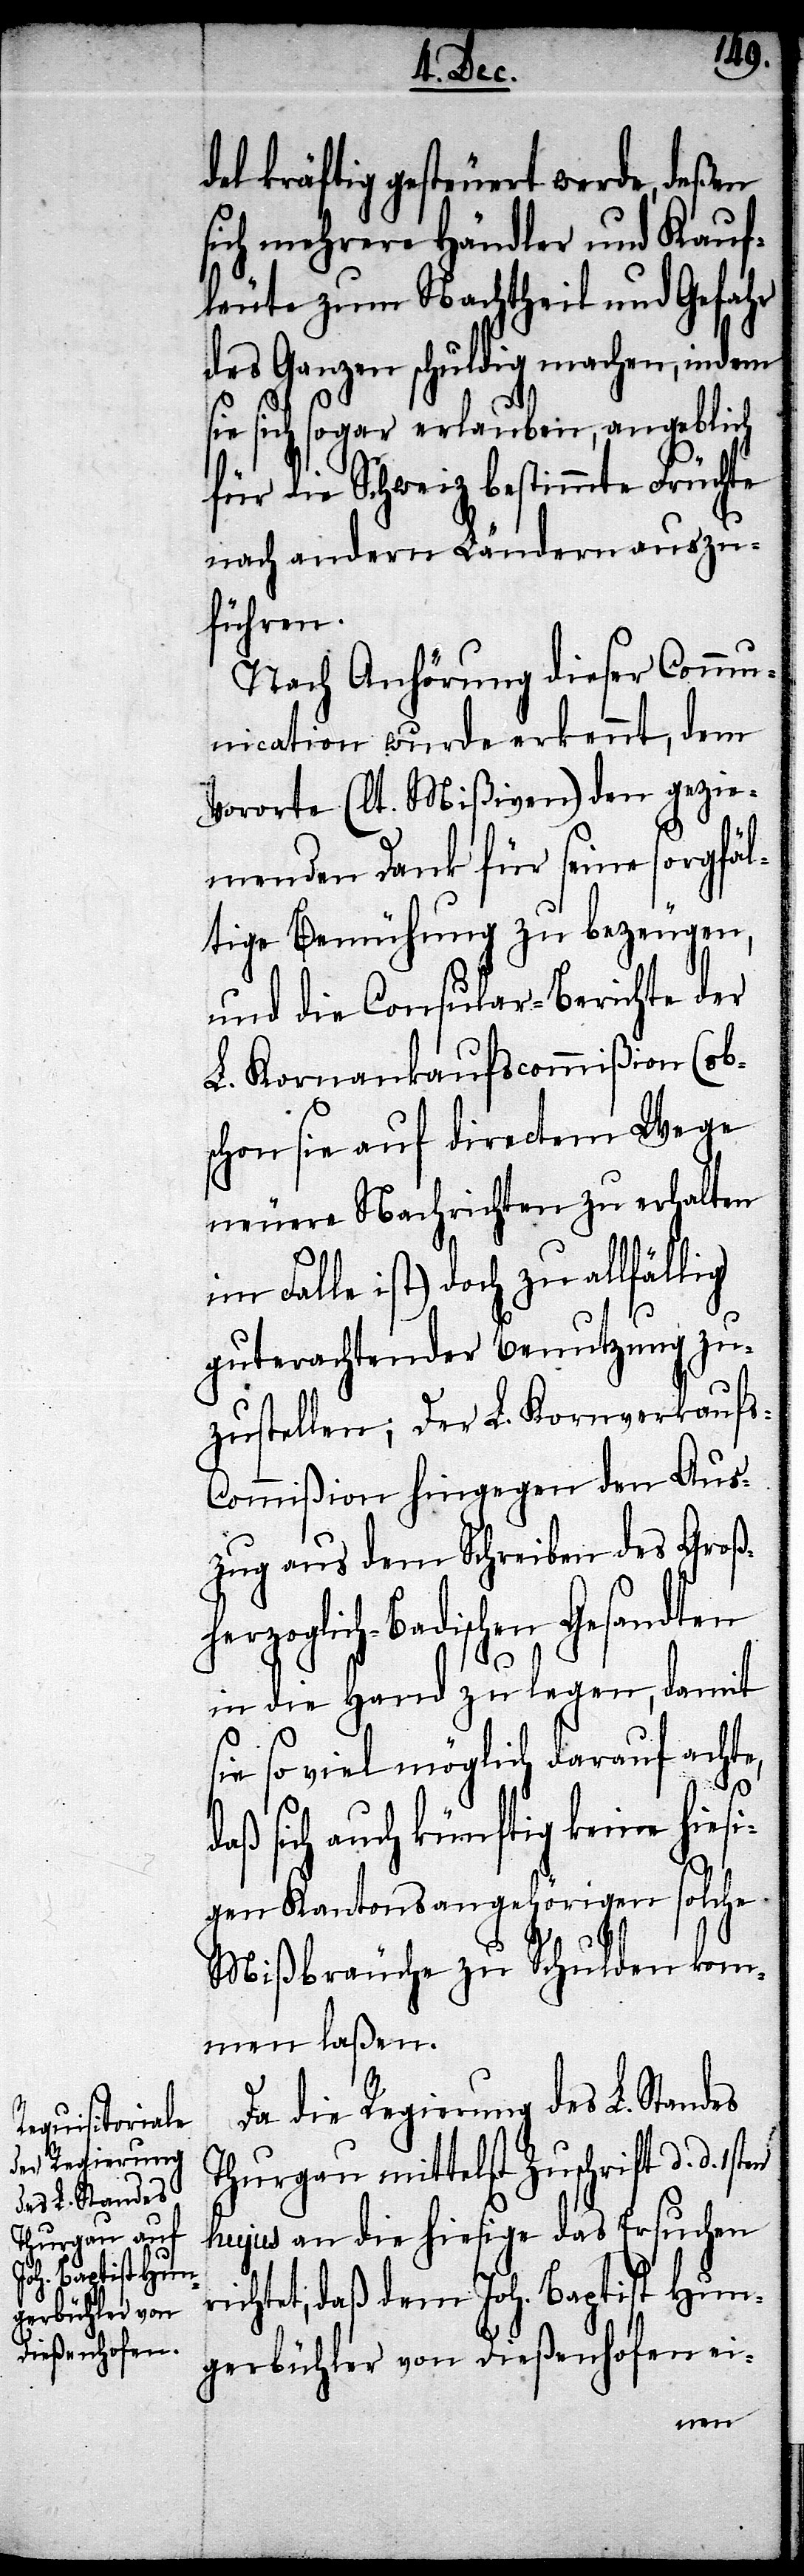
del kräftig gesteuert werde, deßen
sich mehrere Händler und Kauf¬
leute zum Nachtheil und Gefahr
des Ganzen schuldig machen, in dem
sie sich sogar erlauben, angeblich
für die Schweiz bestimmte Früchte
nach andern Ländern auszu¬
führen.
Nach Anhörung dieser Comm¬
unication wurde erkennt, dem
Vororte (lt. Mißiven) den gezie¬
menden Dank für seine sorgfäl¬
tige Bemühung zu bezeugen,
und die Consular-Berichte der
L. Kornankaufscommißion (ob¬
schon sie auf directem Wege
neuere Nachrichten zu erhalten
im Falle ist) doch zu allfällig
guterachtender Benutzung zu¬
zustellen; der L. Kornverkauf¬
s-Commißion hingegen den Aus¬
zug aus dem Schreiben des Groß¬
herzoglich-Badischen Gesandten
in die Hand zu legen, damit
sie so viel möglich darauf achte,
daß sie auch künftig keine hies¬
igen Kantonsangehörigen solche
Mißbräuche zu Schulden kom¬
men laßen.
Da die Regierung des L. Standes
Thurgau mittelst Zuschrift d. d.
hujus an die hiesige das Ersuchen
richtet, daß dem Joh. Baptist Hun¬
gerbühler von Dießenhofen ei-